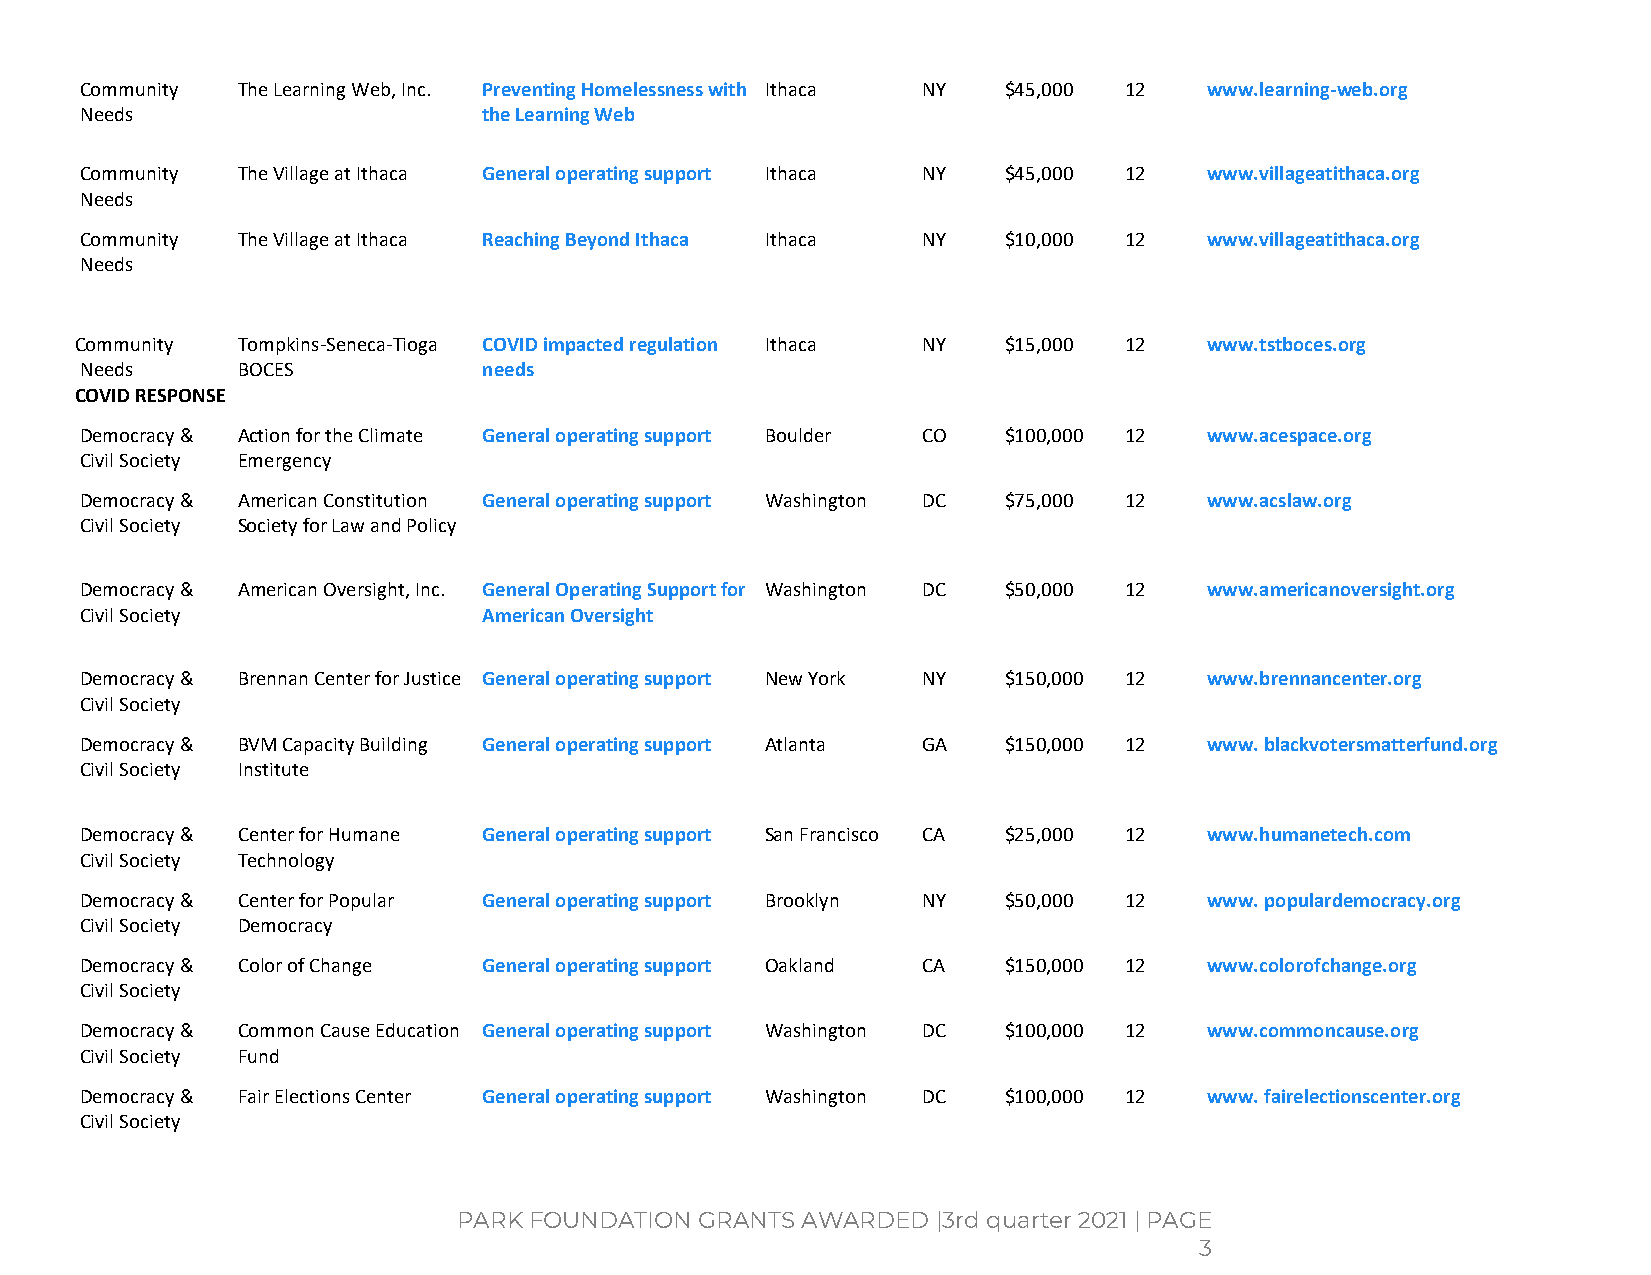
Community  The Learning Web, Inc. Preventing Homelessness with Ithaca NY $45,000 12 www.learning-web.org
 Needs                      the Learning Web
 Community  The Village at Ithaca General operating support Ithaca NY $45,000 12 www.villageatithaca.org
 Needs
 Community  The Village at Ithaca Reaching Beyond Ithaca Ithaca NY $10,000 12 www.villageatithaca.org
 Needs
 Community  Tompkins-Seneca-Tioga COVID impacted regulation Ithaca NY $15,000 12 www.tstboces.org
 Needs      BOCES           needs
 COVID RESPONSE
 Democracy & Action for the Climate General operating support Boulder CO $100,000 12 www.acespace.org
 Civil Society Emergency
 Democracy & American Constitution General operating support Washington DC $75,000 12 www.acslaw.org
 Civil Society Society for Law and Policy
 Democracy & American Oversight, Inc. General Operating Support for Washington DC $50,000 12 www.americanoversight.org
 Civil Society              American Oversight
 Democracy & Brennan Center for Justice General operating support New York NY $150,000 12 www.brennancenter.org
 Civil Society
 Democracy & BVM Capacity Building General operating support Atlanta GA $150,000 12 www. blackvotersmatterfund.org
 Civil Society Institute
 Democracy & Center for Humane General operating support San Francisco CA $25,000 12 www.humanetech.com
 Civil Society Technology
 Democracy & Center for Popular General operating support Brooklyn NY $50,000 12 www. populardemocracy.org
 Civil Society Democracy
 Democracy & Color of Change General operating support Oakland CA $150,000 12 www.colorofchange.org
 Civil Society
 Democracy & Common Cause Education General operating support Washington DC $100,000 12 www.commoncause.org
 Civil Society Fund
 Democracy & Fair Elections Center General operating support Washington DC $100,000 12 www. fairelectionscenter.org
 Civil Society
 PARK FOUNDATION GRANTS AWARDED  |3rd quarter 2021 | PAGE
 3